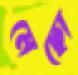
মেছো